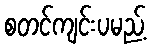
စတင်ကျင်းပမည့်